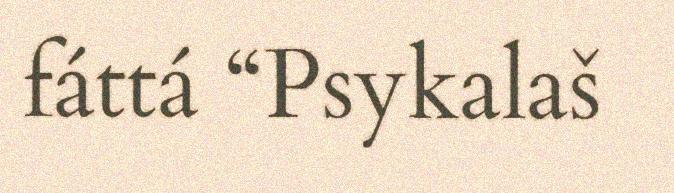
fáttá “Psykalaš